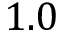
1 . 0